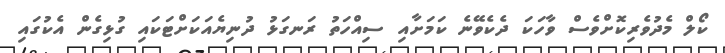
ކޯލް މެދުވެރިކޮށްވެސް ވާހަކަ ދެކެވޭނެ ކަމަށާއި ސިއްހަތު ރަނގަޅު ދުނިޔެއަކަށްޓަކައި ގުޅިގެން އެކުގައި